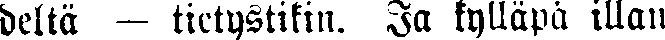
deltä — tietystikin. Ja kylläpä illan